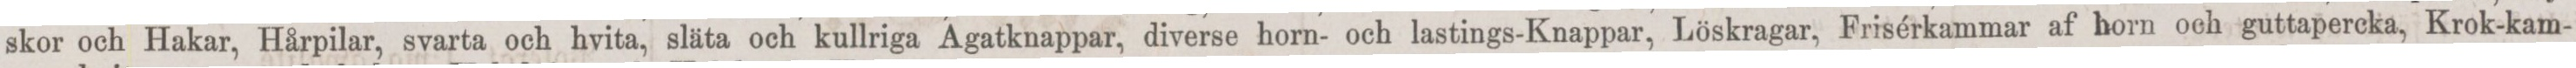
skor och Hakar, Hårpilar, svarta och hvita, släta och kullriga Agatknappar, diverse horn- och lastings-Knappar, Löskragar, Frisérkammar af horn och guttapercka, Krok-kam-